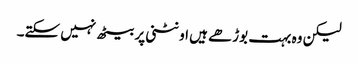
لیکن وہ بہت بوڑھے ہیں اونٹنی پر بیٹھ نہیں سکتے۔